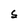
Character: S